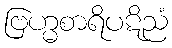
ဗြဟ္မစာရိပဋိညံ